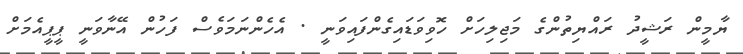
ޔާމީން ރަޝީދު ރައްޔިތުންގެ މަޖިލިހަށް ހޮވިވަޑައިގެންފައިވަނީ . އެހެންނަމަވެސް ފަހުން އޭނާވަނީ ޕީޕީއެމަށް